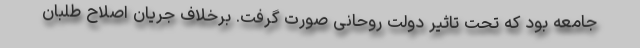
جامعه بود که تحت تاثیر دولت روحانی صورت گرفت. برخلاف جریان اصلاح طلبان